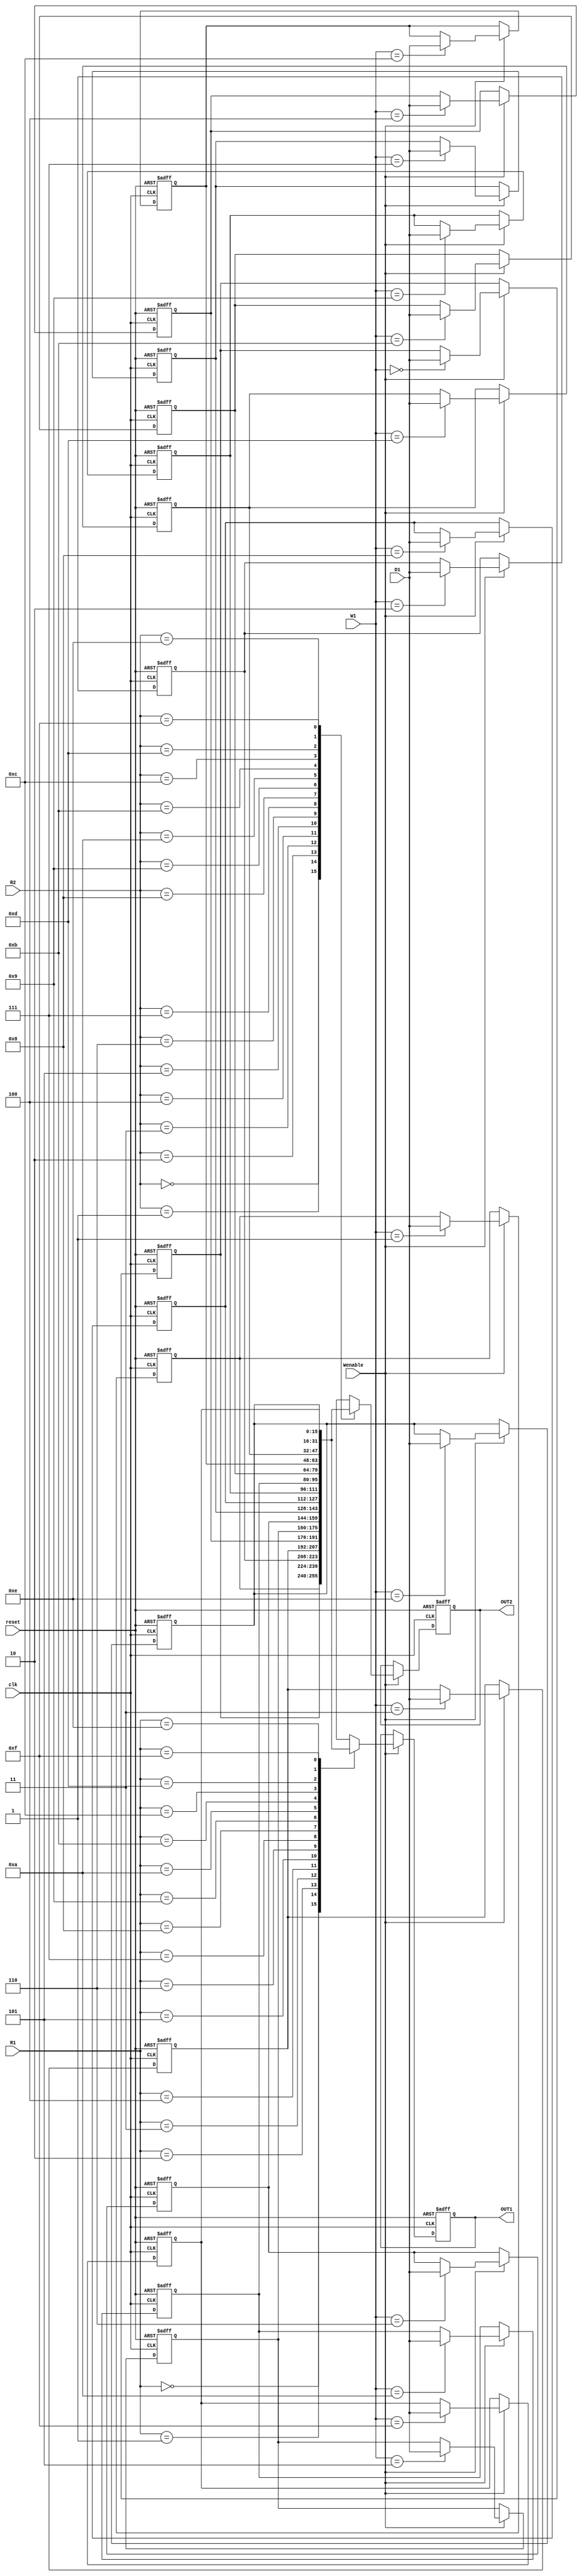
`timescale 1ns / 1ps
//////////////////////////////////////////////////////////////////////////////////
// Company: 
// Engineer: 
// 
// Design Name: 
// Module Name:    RISCregfile 
// Project Name: 
// Target Devices: 
// Tool versions: 
// Description: 
//
// Dependencies: 
//
// Revision: 
// Revision 0.01 - File Created
// Additional Comments: 
//
//////////////////////////////////////////////////////////////////////////////////
module RISCregfile(
	 input reset,
    input [3:0] R1, R2,
    input [3:0] W1,
    input [15:0] D1,
    input Wenable,
	 input clk,
    output reg [15:0] OUT1,
    output reg [15:0] OUT2
    );
	 
	 reg [15:0] register[15:0];
	 
	 always @ (posedge clk or posedge reset) begin
	 
	 if(reset == 1) begin
	 register[0] <= 0;
	 register[1] <= 0;
	 register[2] <= 0;
	 register[3] <= 0;
	 register[4] <= 0;
	 register[5] <= 0;
	 register[6] <= 0;
	 register[7] <= 0;
	 register[8] <= 0;
	 register[9] <= 0;
	 register[10] <= 0;
	 register[11] <= 0;
	 register[12] <= 0;
	 register[13] <= 0;
	 register[14] <= 0;
	 register[15] <= 0;
	 OUT1 <= 16'b0000000000000000;
	 OUT2 <= 16'b0000000000000000;
	 end
	 else begin
	 
	 if(Wenable == 1) begin
	 
	 register[W1] <= D1;
	 OUT1 <= register[R1];
	 OUT2 <= register[R2];
	 
	 end
	 end
	 
	 end
endmodule